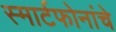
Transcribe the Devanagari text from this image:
स्मार्टफोनांचे